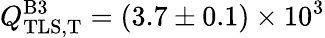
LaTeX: Q_{\mathrm{TLS,T}}^{\mathrm{B3}}=(3.7\pm 0.1)\times 10^{3}